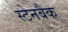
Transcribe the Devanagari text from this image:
स्टेनबैक